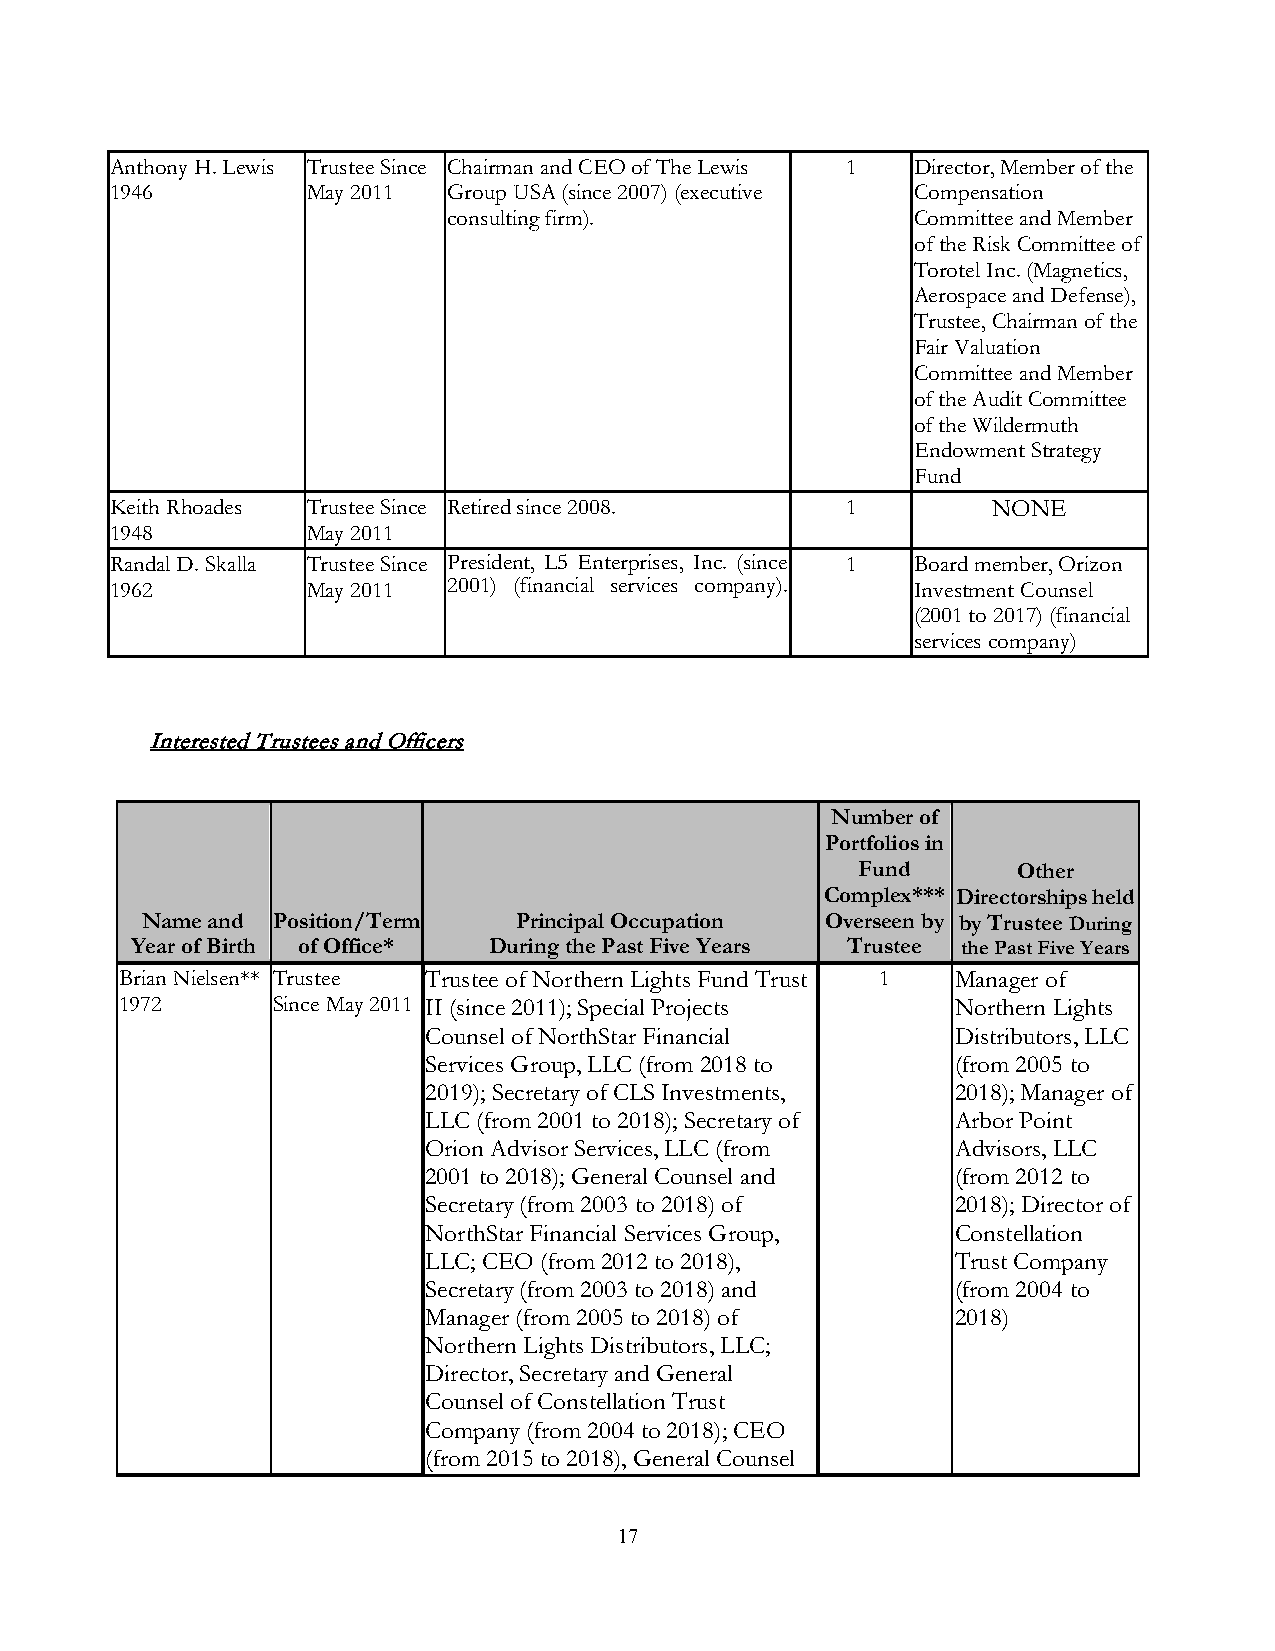
Anthony H. Lewis Trustee Since Chairman and CEO of The Lewis 1 Director, Member of the
 1946         May 2011  Group USA (since 2007) (executive Compensation
 consulting firm).             Committee and Member
 of the Risk Committee of
 Torotel Inc. (Magnetics,
 Aerospace and Defense),
 Trustee, Chairman of the
 Fair Valuation
 Committee and Member
 of the Audit Committee
 of the Wildermuth
 Endowment Strategy
 Fund
 Keith Rhoades Trustee Since Retired since 2008.  1         NONE
 1948         May 2011
 Randal D. Skalla Trustee Since President, L5 Enterprises, Inc. (since 1 Board member, Orizon
 1962         May 2011  2001) (financial services company). Investment Counsel
 (2001 to 2017) (financial
 services company)
 Interested Trustees and Officers
 Number of
 Portfolios in
 Fund      Other
 Complex*** Directorships held
 Name and Position/Term   Principal Occupation Overseen by by Trustee During
 Year of Birth of Office* During the Past Five Years Trustee the Past Five Years
 Brian Nielsen** Trustee Trustee of Northern Lights Fund Trust 1 Manager of
 1972      Since May 2011 II (since 2011); Special Projects Northern Lights
 Counsel of NorthStar Financial     Distributors, LLC
 Services Group, LLC (from 2018 to  (from 2005 to
 2019); Secretary of CLS Investments, 2018); Manager of
 LLC (from 2001 to 2018); Secretary of Arbor Point
 Orion Advisor Services, LLC (from  Advisors, LLC
 2001 to 2018); General Counsel and (from 2012 to
 Secretary (from 2003 to 2018) of   2018); Director of
 NorthStar Financial Services Group, Constellation
 LLC; CEO (from 2012 to 2018),      Trust Company
 Secretary (from 2003 to 2018) and  (from 2004 to
 Manager (from 2005 to 2018) of     2018)
 Northern Lights Distributors, LLC;
 Director, Secretary and General
 Counsel of Constellation Trust
 Company (from 2004 to 2018); CEO
 (from 2015 to 2018), General Counsel
 17